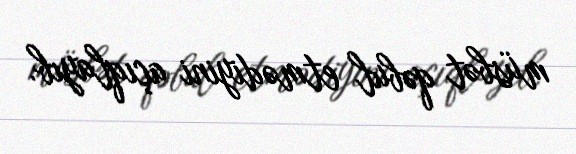
müsbət qəbul etmədiyini açıqlayıb.